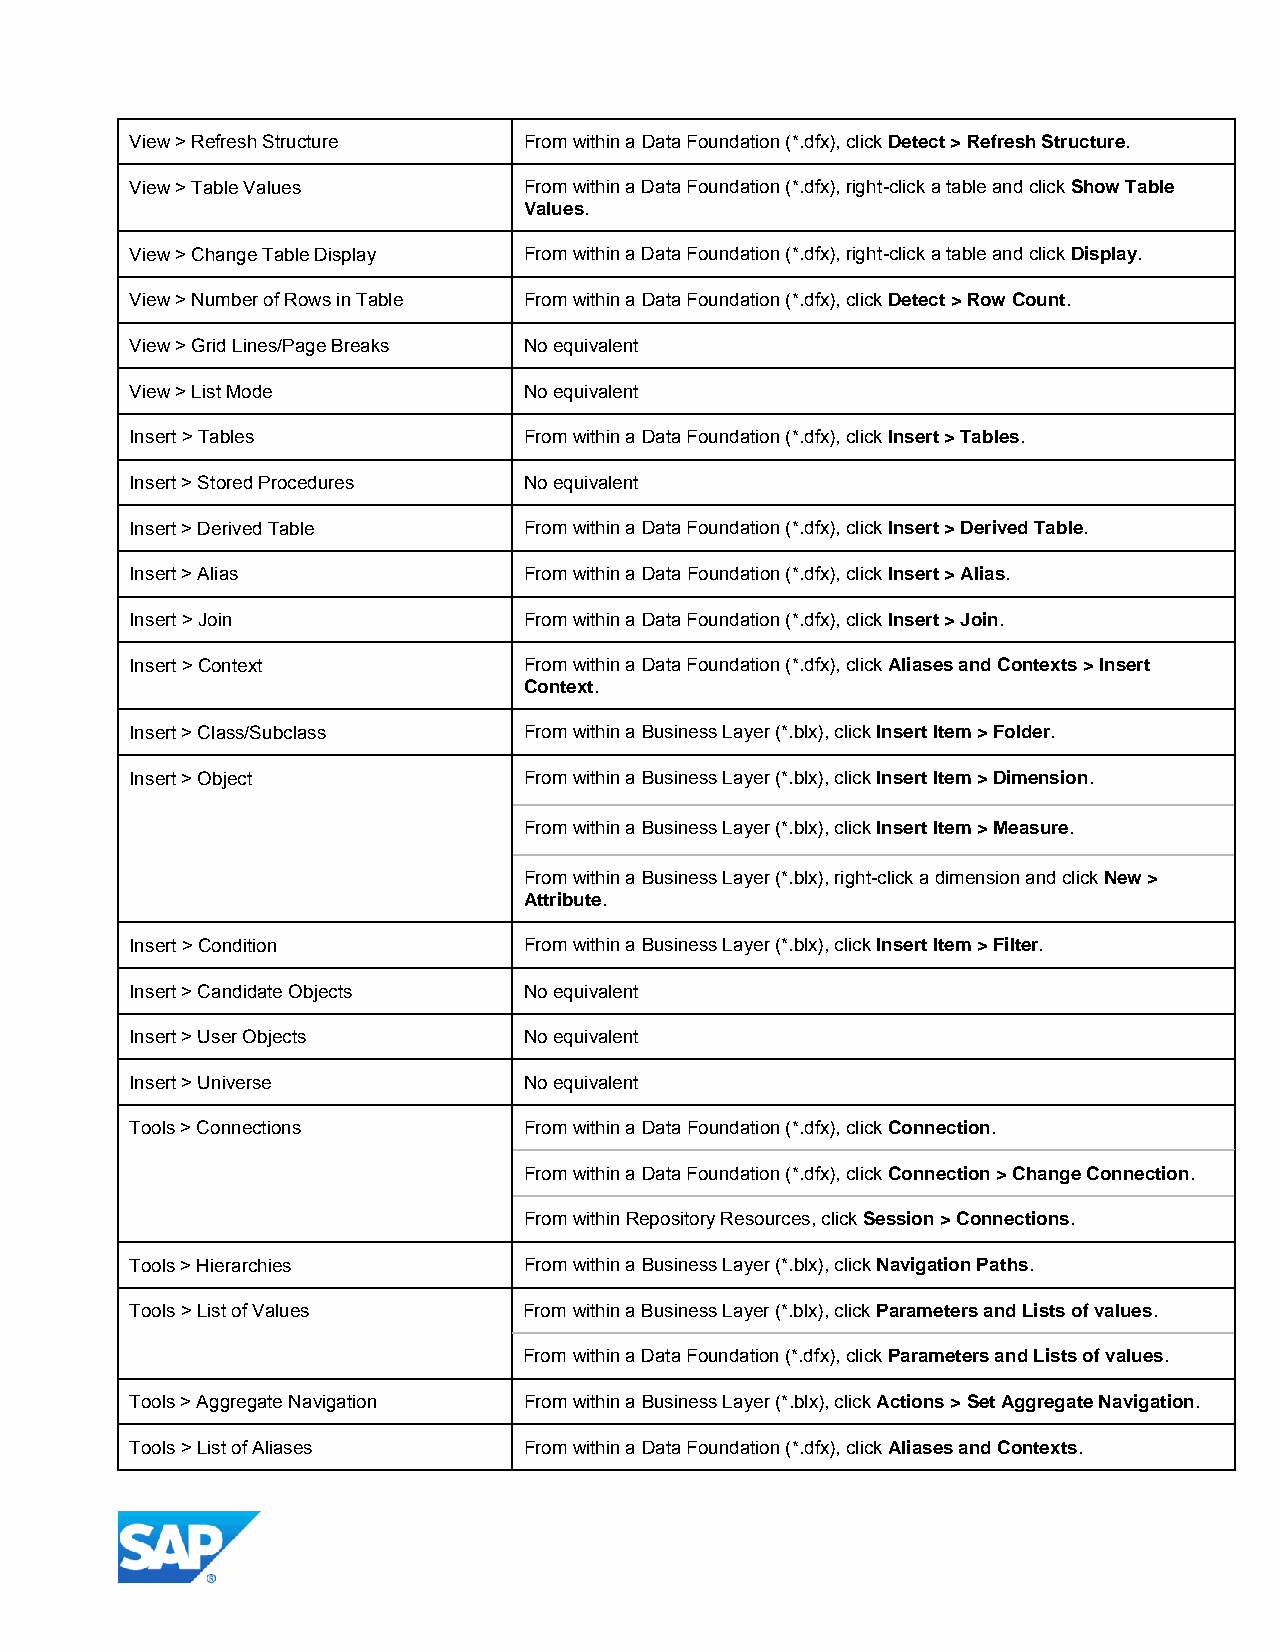
View > Refresh Structure  From within a Data Foundation (*.dfx), click Detect > Refresh Structure.
 View > Table Values       From within a Data Foundation (*.dfx), right-click a table and click Show Table
 Values.
 View > Change Table Display From within a Data Foundation (*.dfx), right-click a table and click Display.
 View > Number of Rows in Table From within a Data Foundation (*.dfx), click Detect > Row Count.
 View > Grid Lines/Page Breaks No equivalent
 View > List Mode          No equivalent
 Insert > Tables           From within a Data Foundation (*.dfx), click Insert > Tables.
 Insert > Stored Procedures No equivalent
 Insert > Derived Table    From within a Data Foundation (*.dfx), click Insert > Derived Table.
 Insert > Alias            From within a Data Foundation (*.dfx), click Insert > Alias.
 Insert > Join             From within a Data Foundation (*.dfx), click Insert > Join.
 Insert > Context          From within a Data Foundation (*.dfx), click Aliases and Contexts > Insert
 Context.
 Insert > Class/Subclass   From within a Business Layer (*.blx), click Insert Item > Folder.
 Insert > Object           From within a Business Layer (*.blx), click Insert Item > Dimension.
 From within a Business Layer (*.blx), click Insert Item > Measure.
 From within a Business Layer (*.blx), right-click a dimension and click New >
 Attribute.
 Insert > Condition        From within a Business Layer (*.blx), click Insert Item > Filter.
 Insert > Candidate Objects No equivalent
 Insert > User Objects     No equivalent
 Insert > Universe         No equivalent
 Tools > Connections       From within a Data Foundation (*.dfx), click Connection.
 From within a Data Foundation (*.dfx), click Connection > Change Connection.
 From within Repository Resources, click Session > Connections.
 Tools > Hierarchies       From within a Business Layer (*.blx), click Navigation Paths.
 Tools > List of Values    From within a Business Layer (*.blx), click Parameters and Lists of values.
 From within a Data Foundation (*.dfx), click Parameters and Lists of values.
 Tools > Aggregate Navigation From within a Business Layer (*.blx), click Actions > Set Aggregate Navigation.
 Tools > List of Aliases   From within a Data Foundation (*.dfx), click Aliases and Contexts.